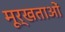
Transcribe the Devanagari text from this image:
मूर्खताओं